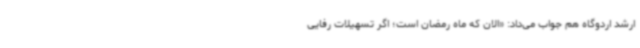
ارشد اردوگاه هم جواب می‌داد: «الان که ماه رمضان است؛ اگر تسهیلات رفایی